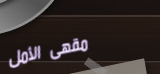
مقهى الأمل